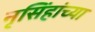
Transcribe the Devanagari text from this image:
नृसिंहांंच्या